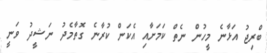
ބްރިޖު އަޅާނެ މީހުން ނެތް ކަމަށާއި އެކަން ކުރާނެ ގޮތާމެދު ނަޝީދު ވަނީ